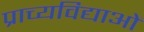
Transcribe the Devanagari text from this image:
प्राच्यविद्याओं